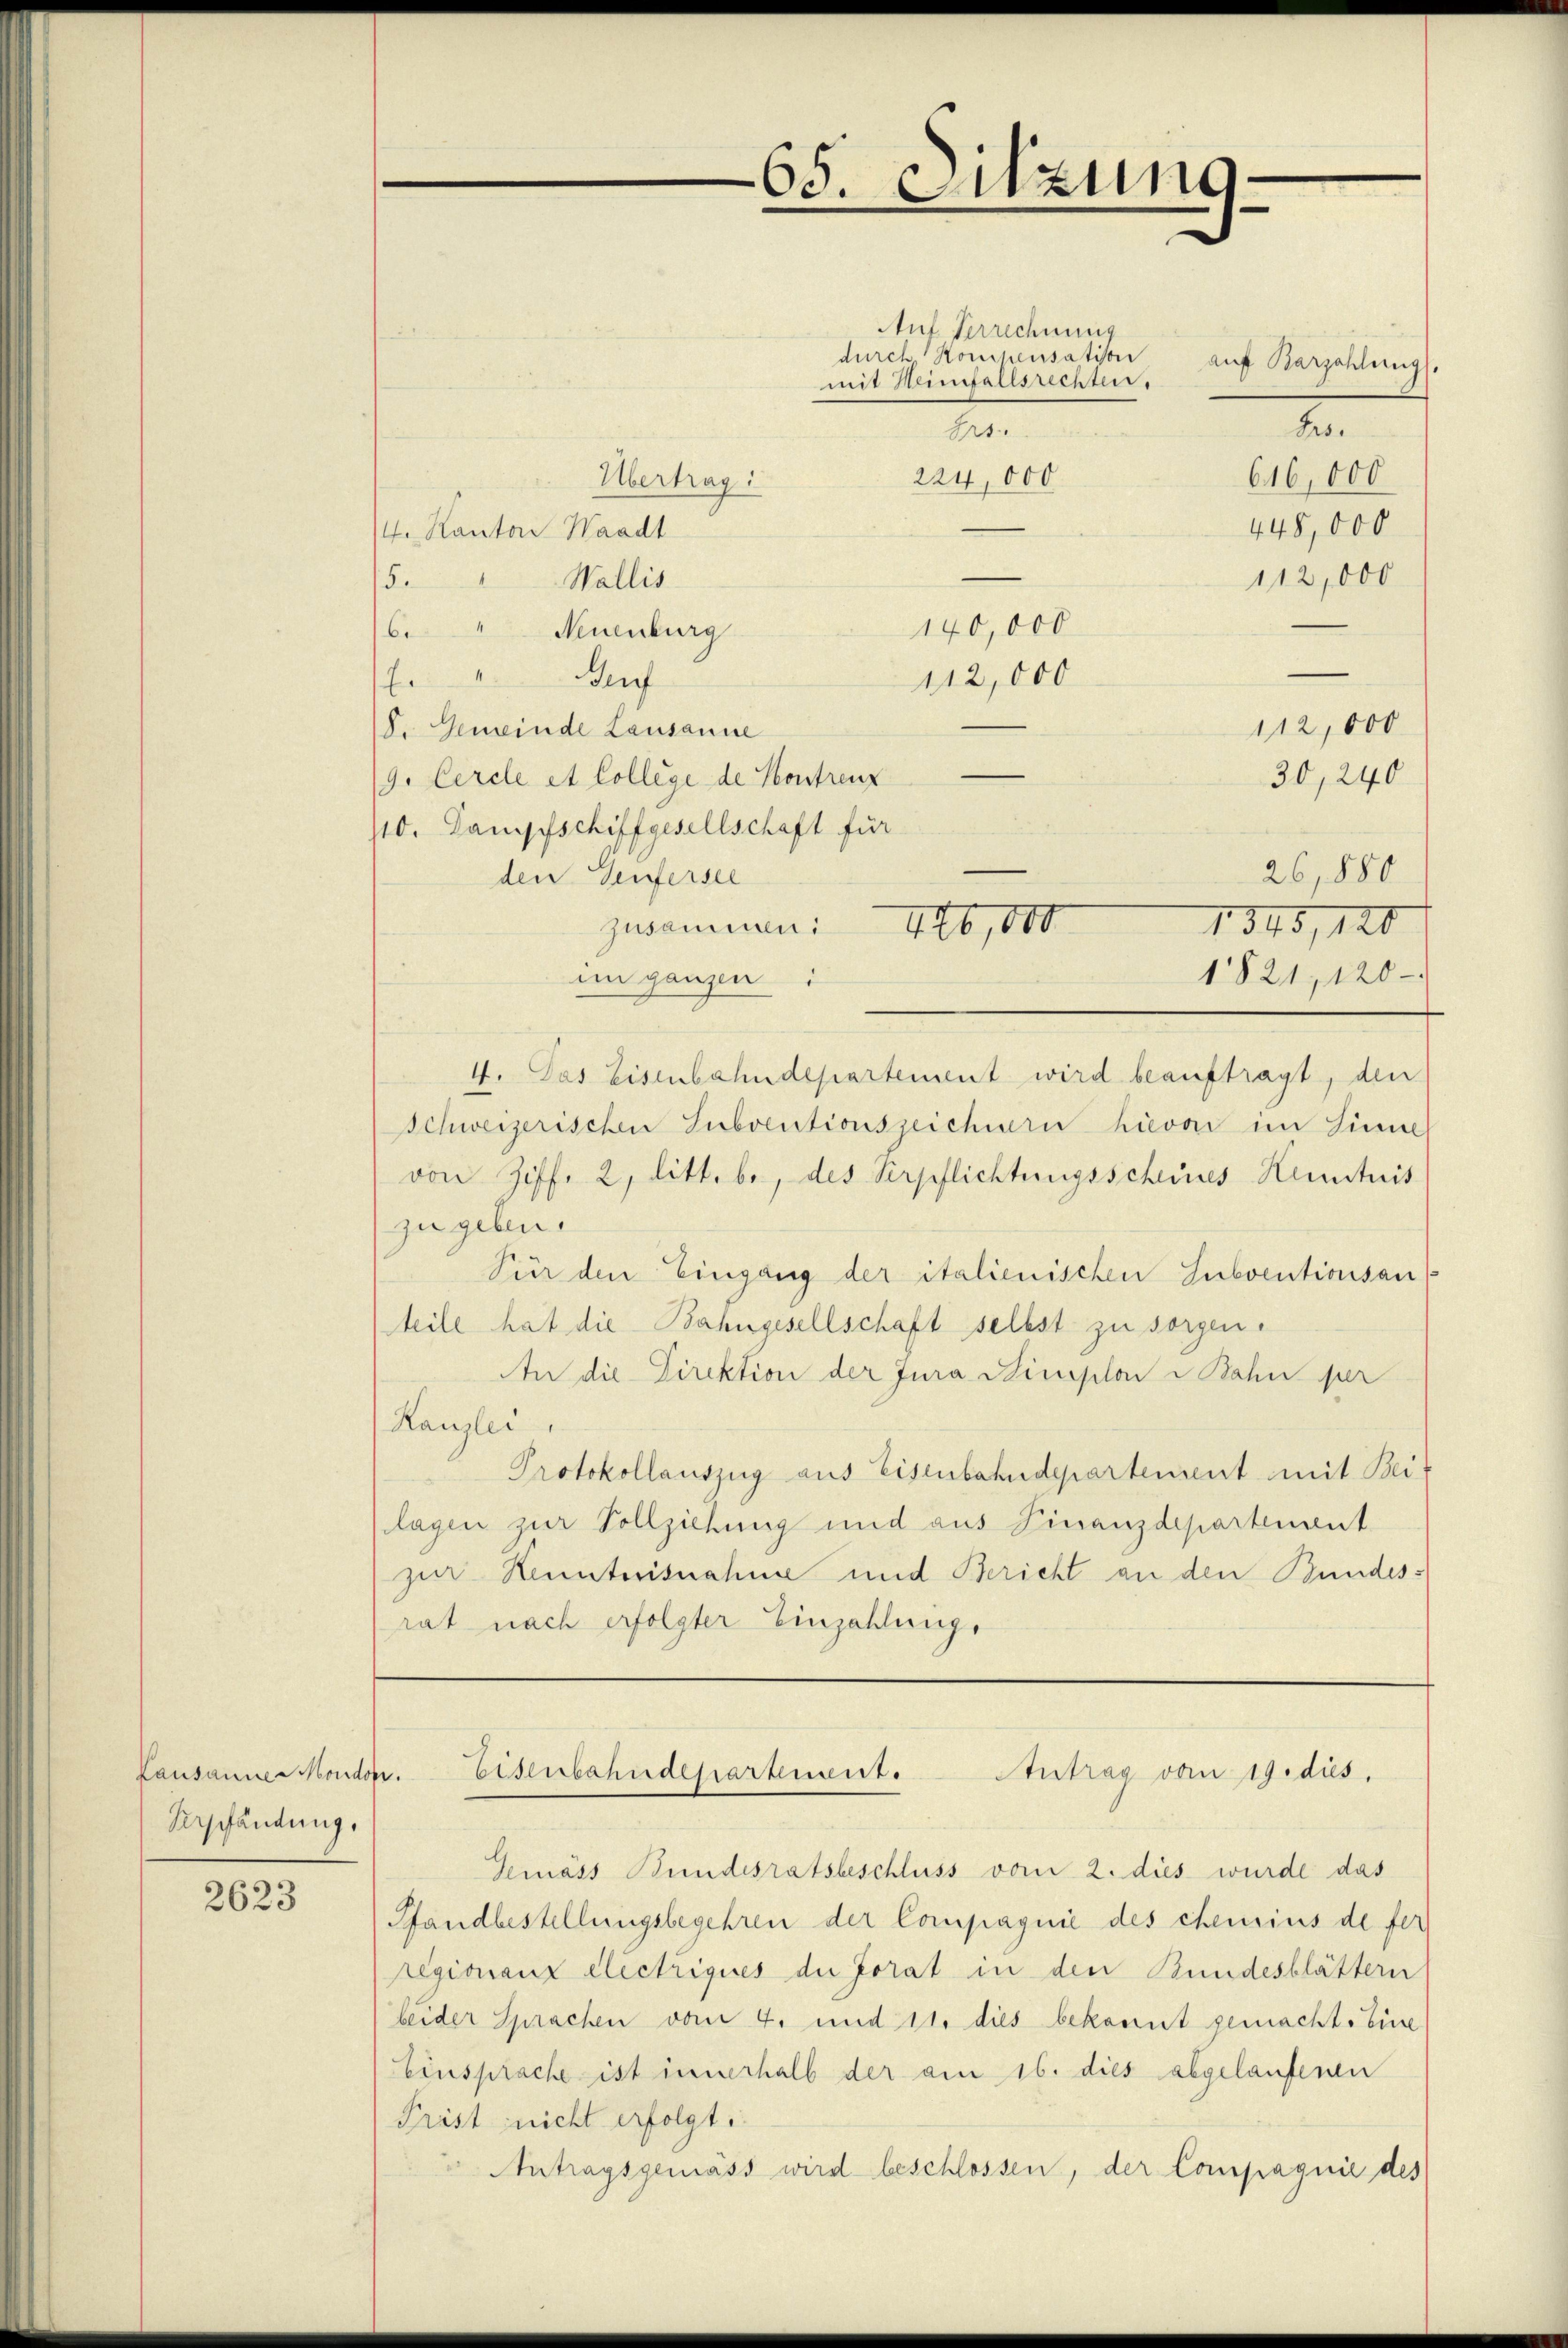
Pausanner Mondon.
Verpfändung,

2623

65. Sitzung.

Auf Verrechnung
durch Kompensation
mit Hinfallsrechten.
A
Frs.
224,000
616,000
Übertrag:
445,000
/4. Kanton Waadt
112,000
Wallis
.
140,000
6." Neuenburg
." Auf
112,000
112,000
V. Gemeinde Lausanne
30,240
9. Cercle et College de Kontrenz
110. Dampfschiffgesellschaft für
26,880
den Genfersee
1345, 120
zusammen: 426,000
1821, 120
im ganzen
4. Das Eisenbahndepartement wird beauftragt, den
Schweizerischen Subventionszeichnern hievon im Sinne
von Ziff. 2, litt. b., des Verpflichtungsscheines Kenntnis
zu geben.
Für den Eingang der italienischen Subventionsanteile hat die Bahngesellschaft selbst zu sorgen.
An die Direktion der Jura Stemplon Bahn per
Kanzlei.
Protokollauszug aus Eisenbahndepartement mit Beilagen zur Vollziehung und aus Finanzdepartement
zur Kenntnisnahme und Bericht an den Bundesrat nach erfolgter Einzahlunge

auf Barzahlung.

Eisenbahndepartement.
Antrag vom 19. dies

Gemäss Bundesratsbeschluss vom 2. dies wurde das
Pfandbestellungsbegehren der Compagnie des chemins de fer
regionanz electriques der Forat in den Bundesblättern
beider Sprachen vom 4. und 11. dies bekannt gemacht. Eine
Einsprache ist innerhalb der am 16. dies abgelaufenen
Prist nicht erfolgt:
Antragsgemäss wird beschlossen, der Compagnie des